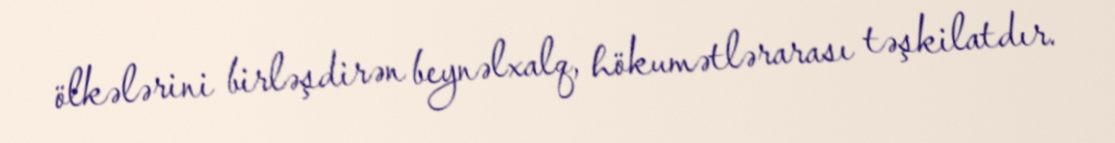
ölkələrini birləşdirən beynəlxalq, hökumətlərarası təşkilatdır.